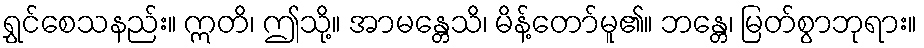
ရွှင်စေသနည်း။ ဣတိ၊ ဤသို့။ အာမန္တေသိ၊ မိန့်တော်မူ၏။ ဘန္တေ၊ မြတ်စွာဘုရား။